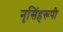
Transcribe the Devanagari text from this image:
नृसिंहरूपी